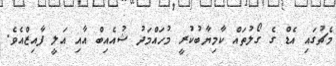
މެޗުގައި އެޑް ގެ ގޯލުތައް ކާމިޔާބުކުރީ މުހައްމަދު ޝުއެއިބް އާއި އަލީ ފާއިޒްއެވެ.